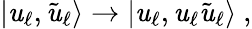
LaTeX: |\mathit{u}_{\ell},\tilde{{\mathit{u}}}_{\ell}\rangle\to|\mathit{u}_{\ell},\mathit{u}_{\ell}\tilde{{\mathit{u}}}_{\ell}\rangle~,